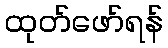
ထုတ်ဖော်ရန်